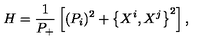
H = \frac { 1 } { P _ { + } } \left[ ( P _ { i } ) ^ { 2 } + \left\{ X ^ { i } , X ^ { j } \right\} ^ { 2 } \right] ,